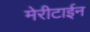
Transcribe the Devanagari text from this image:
मेरीटाईन